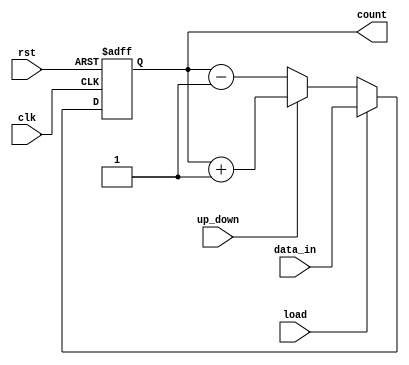
module UpDownCounter #(
    parameter N = 8 // Parameter for the bit-width of the counter
)(
    input wire clk,          // Clock signal
    input wire rst,          // Asynchronous reset signal
    input wire up_down,      // Control signal for counting direction
    input wire load,         // Load signal
    input wire [N-1:0] data_in, // Input data for loading the counter
    output reg [N-1:0] count // Current count value
);

    // Asynchronous reset and load functionality
    always @(posedge clk or posedge rst) begin
        if (rst) begin
            count <= 0; // Reset the counter to zero
        end else if (load) begin
            count <= data_in; // Load the counter with the input data
        end else begin
            // Count up or down based on the up_down signal
            if (up_down) begin
                count <= count + 1; // Increment the counter
            end else begin
                count <= count - 1; // Decrement the counter
            end
        end
    end

endmodule